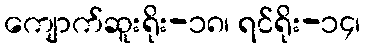
ကျောက်ဆူးရိုး-၁၈၊ ရင်ရိုး-၁၄၊